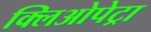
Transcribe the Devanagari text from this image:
क्लिओपेट्रा